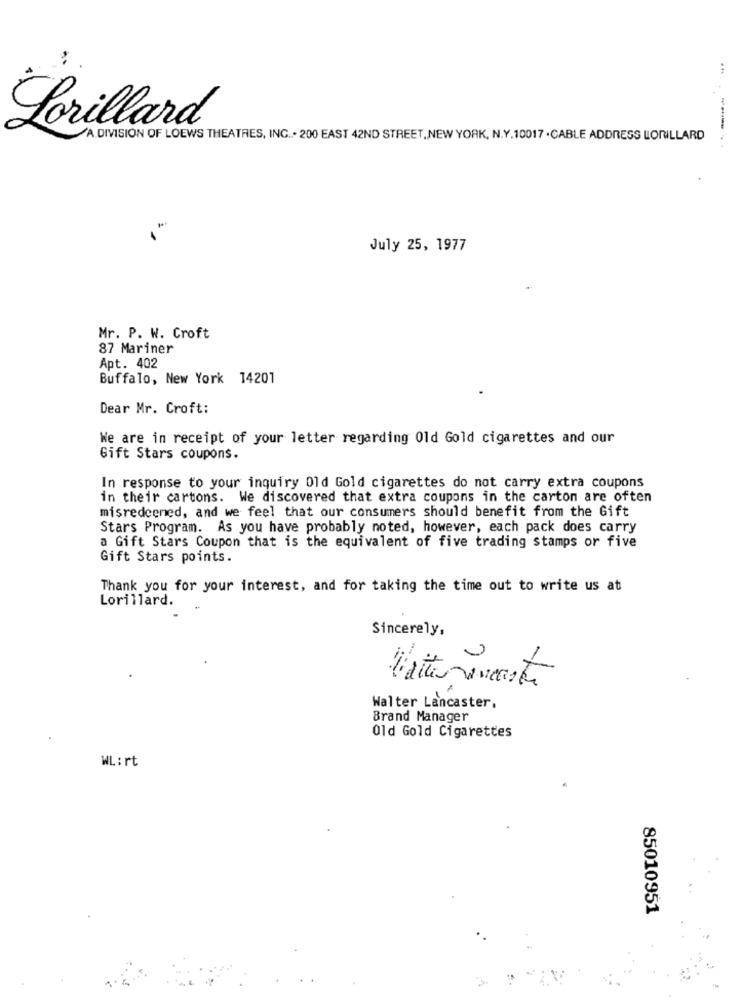
Lorillard
A DIVISION OF LOEWS THEATRES, ING. . 200 EAST 42ND STREET, NEW YORK, N.Y.10017 . CABLE ADDRESS LORILLARD
July 25, 1977
Mr. P. W. Croft
87 Mariner
Apt. 402
Buffalo, New York 14201
Dear Mr. Croft:
We are in receipt of your letter regarding Old Gold cigarettes and our
Gift Stars coupons.
In response to your inquiry Old Gold cigarettes do not carry extra coupons
in their cartons. We discovered that extra coupons in the carton are often
misredcened, and we feel that our consumers should benefit from the Gift
Stars Program. As you have probably noted, however, each pack does carry
a Gift Stars Coupon that is the equivalent of five trading stamps or five
Gift Stars points.
Thank you for your interest, and for taking the time out to write us at
Lorillard.
Sincerely,
Walter Lancaster,
Brand Manager
Old Gold Cigarettes
WL: rt
85010951